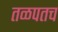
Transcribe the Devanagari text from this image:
तळपतच